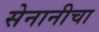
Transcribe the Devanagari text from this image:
सेनानीचा